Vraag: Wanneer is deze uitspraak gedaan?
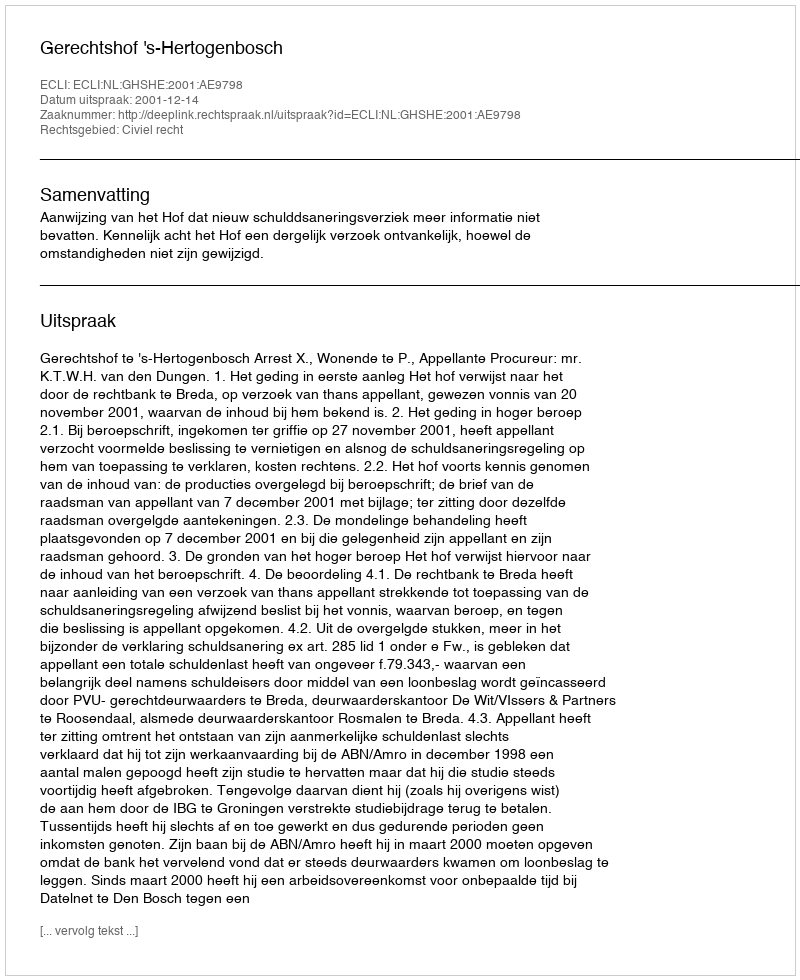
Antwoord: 2001-12-14